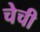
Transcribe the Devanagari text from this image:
चेची